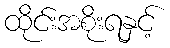
ထိုင်းအစိုးရနှင့်